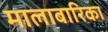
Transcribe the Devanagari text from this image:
मालाबारिका